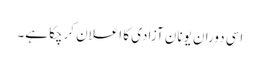
اسی دوران یونان آزادی کا اعلان کرچکا ہے۔